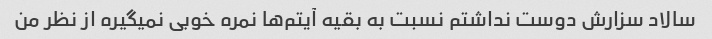
سالاد سزارش دوست نداشتم نسبت به بقیه آیتم‌ها نمره خوبی نمیگیره از نظر من